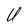
Character: U